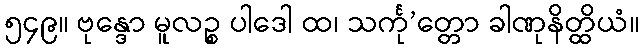
၅၄၉။ ဗုန္ဒော မူလဉ္စ ပါဒေါ ထ၊ သင်္ကု’တ္တော ခါဏုနိတ္ထိယံ။